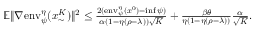
\begin{array} { r } { \mathbb { E } \| \nabla \mathrm { e n v } _ { \psi } ^ { \eta } ( x _ { \sim } ^ { K } ) \| ^ { 2 } \leq \frac { 2 ( \mathrm { e n v } _ { \psi } ^ { \eta } ( x ^ { 0 } ) - \operatorname* { i n f } \psi ) } { \alpha ( 1 - \eta ( \rho - \lambda ) ) \sqrt { K } } + \frac { \beta \theta } { \eta ( 1 - \eta ( \rho - \lambda ) ) } \frac { \alpha } { \sqrt { K } } . } \end{array}